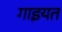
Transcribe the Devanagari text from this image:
गाइयत